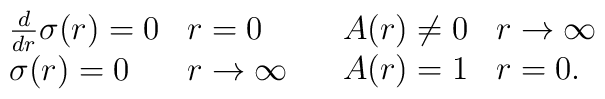
\begin{array}{ll}\begin{array}{ll}\frac{d}{d r}\sigma(r) = 0 &r=0 \\\sigma(r) = 0 & r \rightarrow \infty \end{array} &\begin{array}{ll}A(r) \neq 0 & r \rightarrow\infty \\A(r) = 1 & r = 0.\end{array}\end{array}